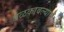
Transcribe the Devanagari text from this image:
बळकावल्याचे